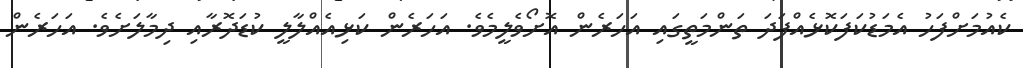
ކެއުމަށްފަހު އެމަޑުކަފަކޮޅެއްފަދަ ތަންމަތީގައި އަހަރެން އޮށޯވެލީމެވެ. އަހަރެން ކަޅިއެއްލާލީ ކުޑަދޮރާއި ދިމާލަށެވެ. އަހަރެން